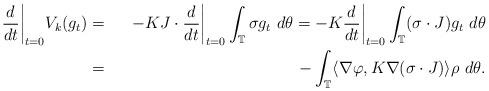
LaTeX: \begin{align*}\frac{d}{dt}\bigg|_{t=0}V_k(g_{t}) &=& - K J \cdot \frac{d}{dt} \bigg|_{t=0}\int_\mathbb T \sigma g_{t} ~ d\theta =-K\frac{d}{dt}\bigg|_{t=0}\int_\mathbb T (\sigma\cdot J)g_{t} ~ d\theta \cr &=& - \int_\mathbb T \langle \nabla\varphi, K\nabla(\sigma\cdot J)\rangle \rho ~ d\theta. \end{align*}